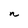
Character: n